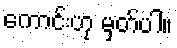
ကောင်းဟု မှတ်ပါ။